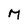
Character: M